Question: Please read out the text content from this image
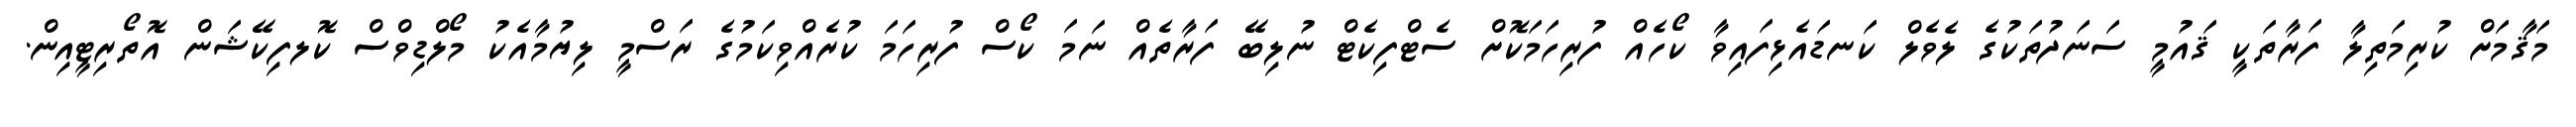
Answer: މަޤާމަށް ކުރިމަތިލާ ފަރާތަކީ ޤައުމީ ސަނަދުތަކުގެ ލެވެލް ކަނޑައެޅިފައިވާ ކޯހެއް ފުރިހަމަކޮށް ސެޓްފިކެޓް ނުލިބޭ ފަރާތެއް ނަމަ ކޯސް ފުރިހަމަ ކުރެއްވިކަމުގެ ރަސްމީ ލިޔުމާއެކު މޯލްޑިވްސް ކޮލފިކޭޝަން އޮތޯރިޓީއިން.